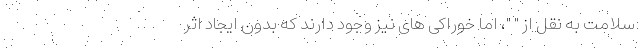
سلامت به نقل از " "، اما خوراکی های نیز وجود دارند که بدون ایجاد اثر